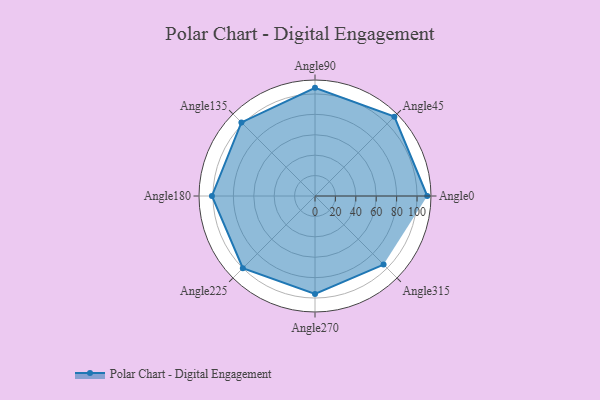
{"axis": {"x": "Angle", "y": "Radius"}, "legend": [""], "data": [{"x": "Angle0", "y": 110.0, "type": ""}, {"x": "Angle45", "y": 110.0, "type": ""}, {"x": "Angle90", "y": 106.0, "type": ""}, {"x": "Angle135", "y": 102.0, "type": ""}, {"x": "Angle180", "y": 101.0, "type": ""}, {"x": "Angle225", "y": 100.0, "type": ""}, {"x": "Angle270", "y": 96.0, "type": ""}, {"x": "Angle315", "y": 95.0, "type": ""}]}